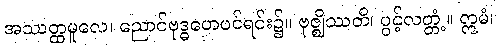
အဿတ္ထမူလေ၊ ညောင်ဗုဒ္ဓဟေပင်ရင်း၌။ ဗုဇ္ဈိဿတိ၊ ပွင့်လတ္တံ့။ ဣမံ၊